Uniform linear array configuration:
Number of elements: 64
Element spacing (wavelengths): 0.25
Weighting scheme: cosine
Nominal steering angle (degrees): -60
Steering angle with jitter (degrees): -59.552
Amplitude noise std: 0.05
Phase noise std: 0.05

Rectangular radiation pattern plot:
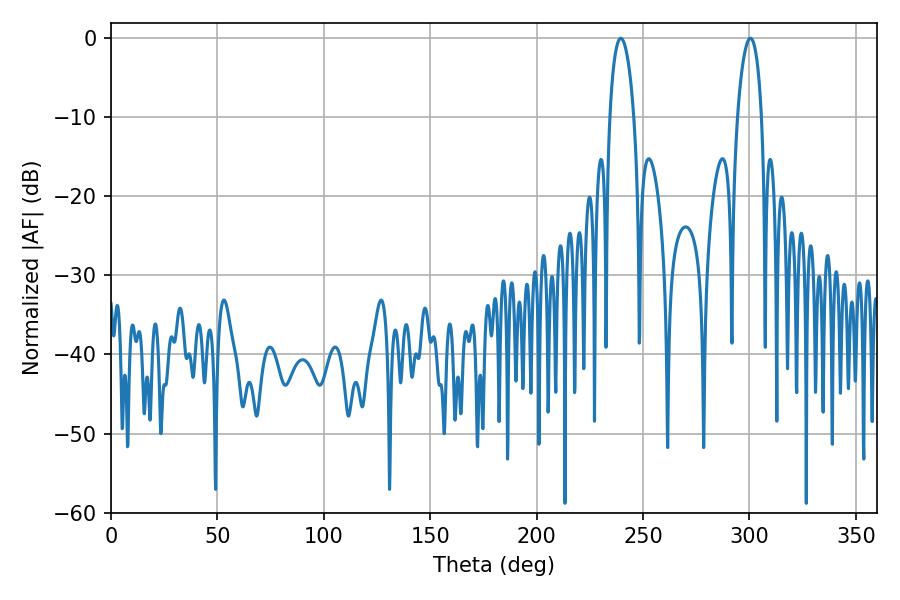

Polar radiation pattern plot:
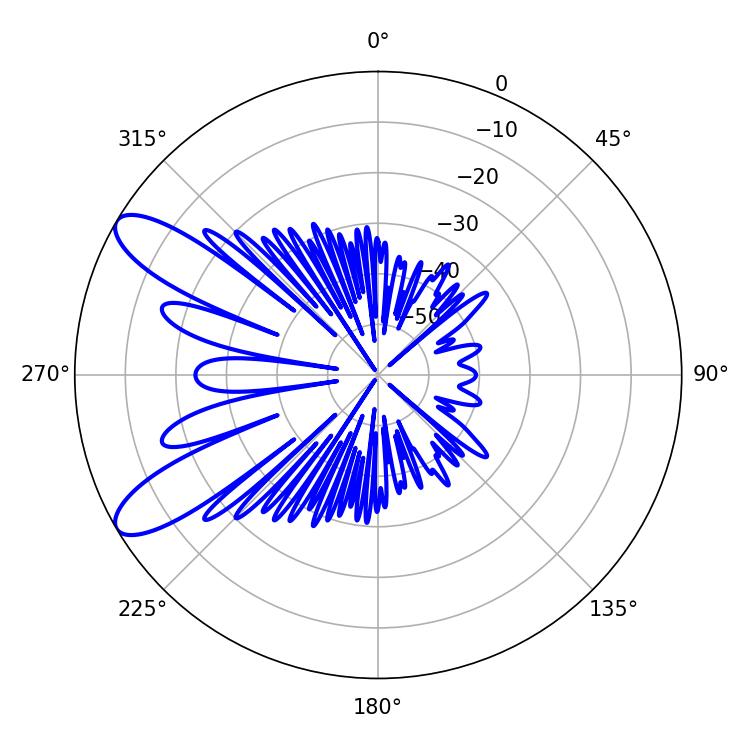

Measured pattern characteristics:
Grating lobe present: FALSE
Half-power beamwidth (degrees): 6.48
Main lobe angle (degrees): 300.42